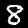
Label: 8